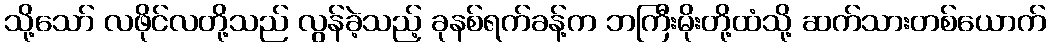
သို့သော် လဖိုင်လတို့သည် လွန်ခဲ့သည့် ခုနစ်ရက်ခန့်က ဘကြီးမိုးတို့ထံသို့ ဆက်သားတစ်ယောက်